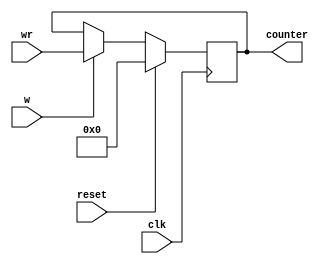
module pc(clk,reset,wr,w,counter);
input clk;
input reset;
input w;
input [63:0]wr;
output reg [63:0]counter;
always @(negedge clk)
begin 

if( reset==1)
 counter<=0;

else if(w==1)
counter<=wr;
end
endmodule